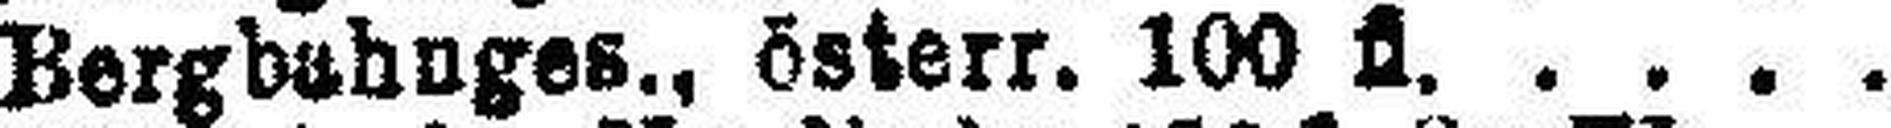
Bergbahnges., österr. 100 fl.